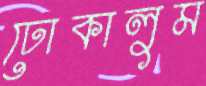
ঢোকালুম